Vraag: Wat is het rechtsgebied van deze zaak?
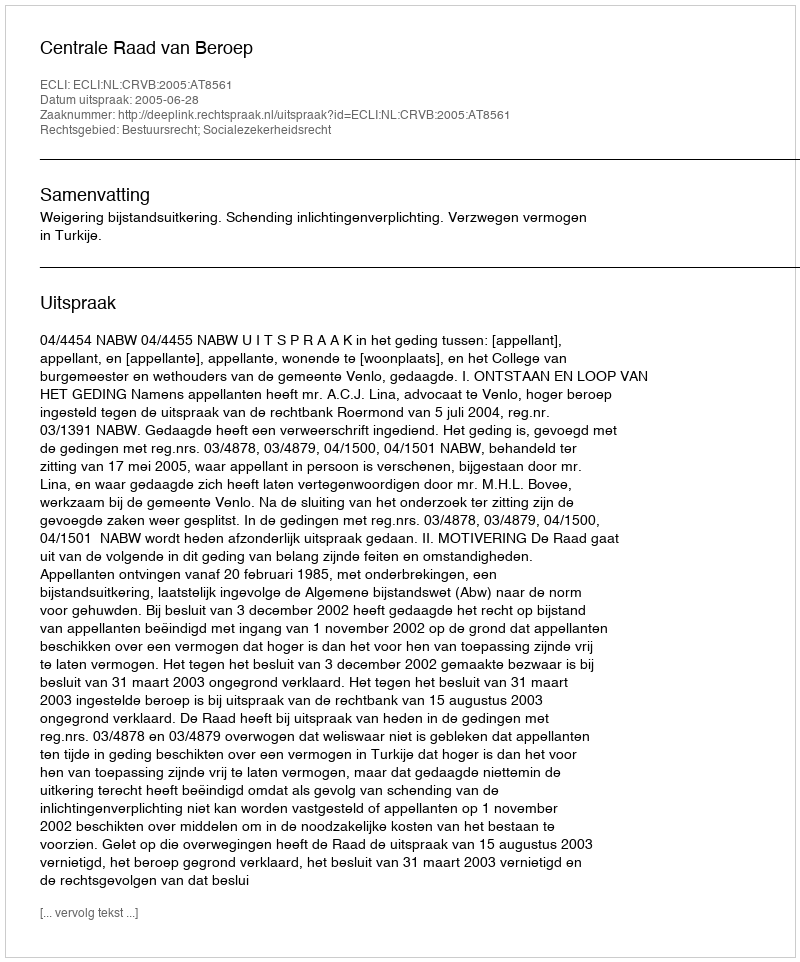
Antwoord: Bestuursrecht; Socialezekerheidsrecht